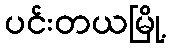
ပင်းတယမြို့